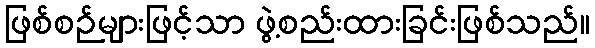
ဖြစ်စဉ်များဖြင့်သာ ဖွဲ့စည်းထားခြင်းဖြစ်သည်။